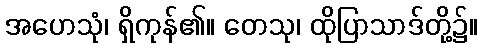
အဟေသုံ၊ ရှိကုန်၏။ တေသု၊ ထိုပြာသာဒ်တို့၌။